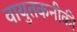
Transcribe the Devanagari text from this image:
वायुतकनीकी